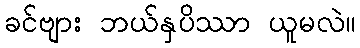
ခင်ဗျား ဘယ်နှပိဿာ ယူမလဲ။